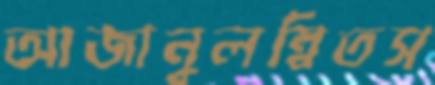
আজানুলম্বিতস